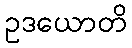
ဥဒယောတိ